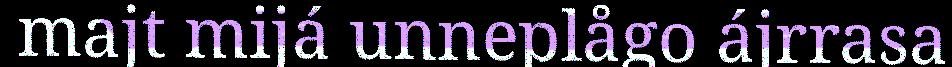
majt mijá unneplågo ájrrasa